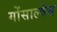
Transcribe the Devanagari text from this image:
गोंसाल्वेस